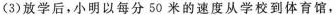
(3)放学后，小明以每分50米的速度从学校到体育馆，